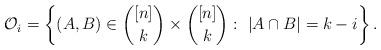
LaTeX: \begin{align*}\mathcal{O}_i = \left\{ (A,B) \in \binom{[n]}{k} \times \binom{[n]}{k} :\ |A\cap B| = k-i \right\}.\end{align*}